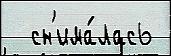
  сн'има́лась